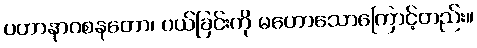
ပဟာနာဝစနတော၊ ပယ်ခြင်းကို မဟောသောကြောင့်တည်း။